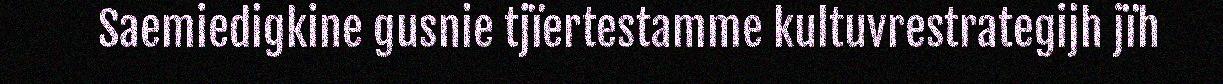
Saemiedigkine gusnie tjïertestamme kultuvrestrategijh jïh